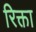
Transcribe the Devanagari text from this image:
रिक्ता